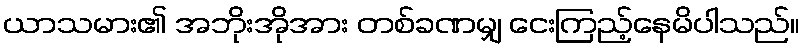
ယာသမား၏ အဘိုးအိုအား တစ်ခဏမျှ ငေးကြည့်နေမိပါသည်။